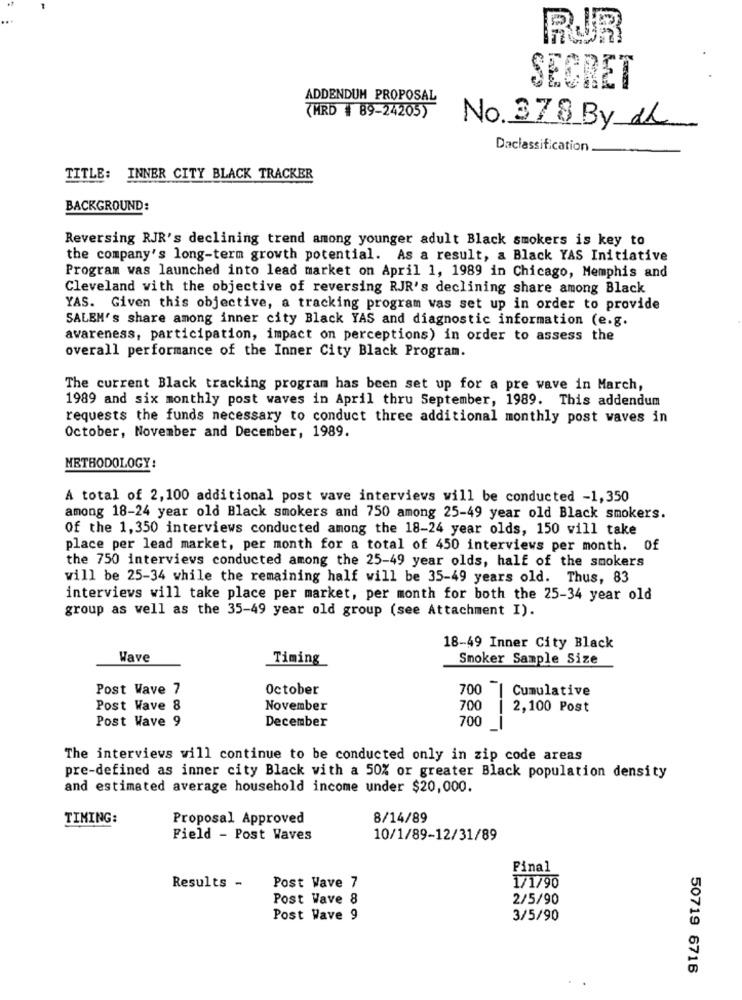
RUR
SECRET
ADDENDUM PROPOSAL
7MRD # 89-24205)
No. 378 By de
Daclassification
TITLE: INNER CITY BLACK TRACKER
BACKGROUND:
Reversing RJR's declining trend among younger adult Black smokers is key to
the company's long-term growth potential. As a result, a Black YAS Initiative
Program was launched into lead market on April 1, 1989 in Chicago, Memphis and
Cleveland with the objective of reversing RJR's declining share among Black
YAS. Given this objective, a tracking program vas set up in order to provide
SALEM's share among inner city Black YAS and diagnostic information (e.g.
awareness, participation, impact on perceptions) in order to assess the
overall performance of the Inner City Black Program.
The current Black tracking program has been set up for a pre wave in March,
1989 and six monthly post waves in April thru September, 1989. This addendum
requests the funds necessary to conduct three additional monthly post waves in
October, November and December, 1989.
METHODOLOGY:
A total of 2,100 additional post vave interviews will be conducted -1,350
among 18-24 year old Black smokers and 750 among 25-49 year old Black smokers.
Of the 1,350 interviews conducted among the 18-24 year olds, 150 will take
place per lead market, per month for a total of 450 interviews per month. Of
the 750 interviews conducted among the 25-49 year olds, half of the smokers
will be 25-34 while the remaining half will be 35-49 years old. Thus, 83
interviews will take place per market, per month for both the 25-34 year old
group as well as the 35-49 year old group (see Attachment I).
18-49 Inner City Black
Wave
Timing
Smoker Sample Size
Post Wave 7
October
700 | Cumulative
Post Wave 8
November
700
2,100 Post
Post Wave 9
December
700
The interviews will continue to be conducted only in zip code areas
pre-defined as inner city Black with a 50% or greater Black population density
and estimated average household income under $20,000.
TIMING:
Proposal Approved
8/14/89
Field - Post Waves
10/1/89-12/31/89
Pinal
Results -
Post Wave 7
1/1/90
Post Wave 8
2/5/90
Post Wave 9
3/5/90
50719 6716